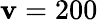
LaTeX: \mathbf{v}=200